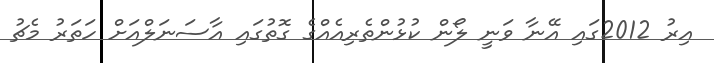
އިރު 2012ގައި އޭނާ ވަނީ ލޯން ކުޅުންތެރިއެއްގެ ގޮތުގައި އާސަނަލްއަށް ހަތަރު މެޗު